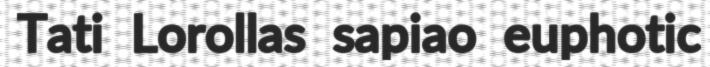
Tati Lorollas sapiao euphotic